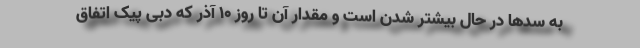
به سدها در حال بیشتر شدن است و مقدار آن تا روز ۱۰ آذر که دبی پیک اتفاق